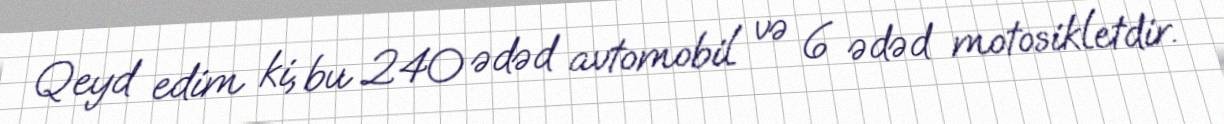
Qeyd edim ki, bu 240 ədəd avtomobil və 6 ədəd motosikletdir.